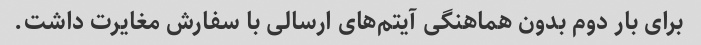
برای بار دوم بدون هماهنگی آیتم‌های ارسالی با سفارش مغایرت داشت.